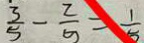
\frac { 3 } { 5 } - \frac { 2 } { 5 } = \frac { 1 } { 5 }